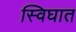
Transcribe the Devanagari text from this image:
स्विघात